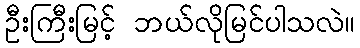
ဦးကြီးမြင့် ဘယ်လိုမြင်ပါသလဲ။